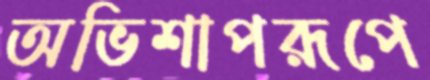
অভিশাপরূপে